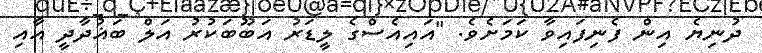
ދުނިޔެ އިން ފެނިފައިވާ ކަމަށެވެ. "އައިއެސްގެ ލީޑަރު އަބޫބަކުރު އަލް ބަޣުދާދީ އާއި